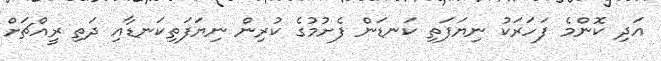
އަދި ކޮންމެ ފަހަރަކު ނިޔަފަތި ކަނޑަން ފެށުމުގެ ކުރިން ނިޔަފަތިކަނޑާއި ދަތި ރީއްޗަށް